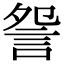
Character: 𧧁